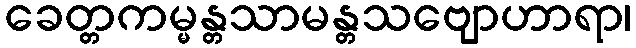
ခေတ္တကမ္မန္တသာမန္တသဗျောဟာရာ၊